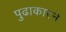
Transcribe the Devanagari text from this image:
पुढाकारने